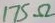
Text: 175Ω